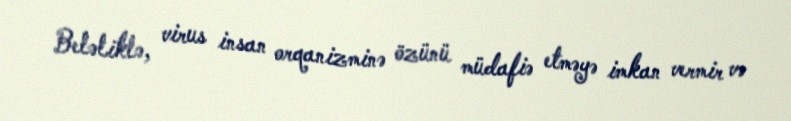
Beləliklə, virus insan orqanizminə özünü müdafiə etməyə imkan vermir və